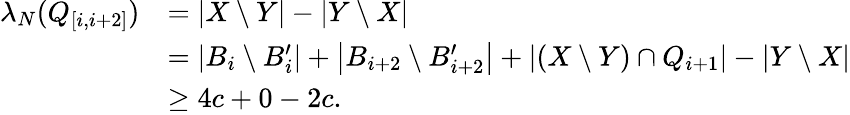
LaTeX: \begin{array}{rl}{\lambda_{N}(Q_{[i,i+2]})}&{=\left|X\setminus Y\right|-\left|Y\setminus X\right|}\\ &{=\left|B_{i}\setminus B_{i}^{\prime}\right|+\left|B_{i+2}\setminus B_{i+2}^{\prime}\right|+\left|(X\setminus Y)\cap Q_{i+1}\right|-\left|Y\setminus X\right|}\\ &{\geq 4c+0-2c.}\end{array}